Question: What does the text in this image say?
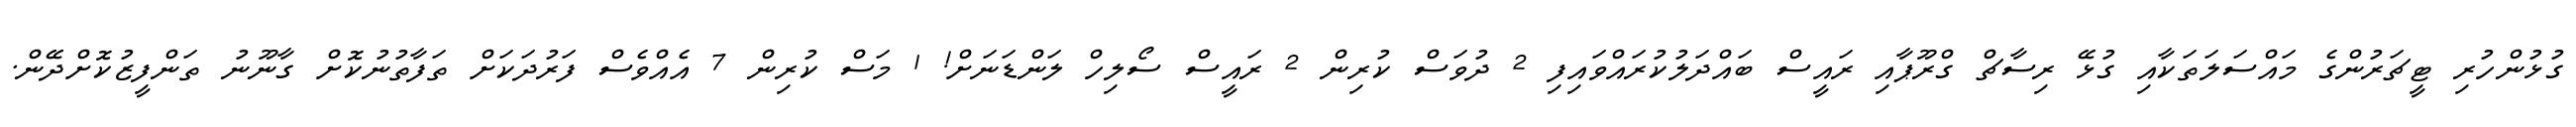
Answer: ގުޅުންހުރި ޓީޗަރުންގެ މައްސަލަތަކާއި ގުޅޭ ރިސާޗް ގްރޫޕާއި ރައީސް ބައްދަލުކުރައްވައިފި 2 ދުވަސް ކުރިން 2 ރައީސް ސޯލިހް ލަންޑަނަށް! 1 މަސް ކުރިން 7 އެއްވެސް ފަރުދަކަށް ތަފާތުނުކޮށް ގާނޫނު ތަންފީޒުކޮށްދޭން.